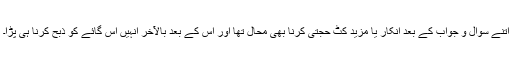
اتنے سوال و جواب کے بعد انکار یا مزید کٹ حجتی کرنا بھی محال تھا اور اس کے بعد بالآخر انہیں اس گائے کو ذبح کرنا ہی پڑا۔